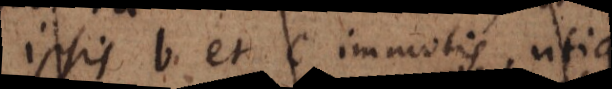
ipsis b et c immotis, utique